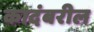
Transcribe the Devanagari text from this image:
कादंबरील